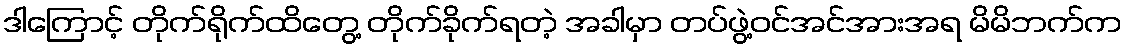
ဒါကြောင့် တိုက်ရိုက်ထိတွေ့ တိုက်ခိုက်ရတဲ့ အခါမှာ တပ်ဖွဲ့ဝင်အင်အားအရ မိမိဘက်က